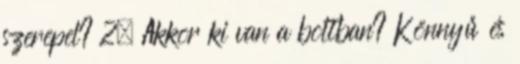
szerepel? 2. Akkor ki van a boltban? Könnyű és